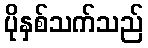
ပိုနှစ်သက်သည်